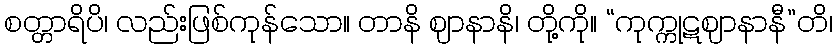
စတ္တာရိပိ၊ လည်းဖြစ်ကုန်သော။ တာနိ ဈာနာနိ၊ တို့ကို။ “ကုက္ကုဋဈာနာနီ”တိ၊